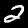
Label: 2